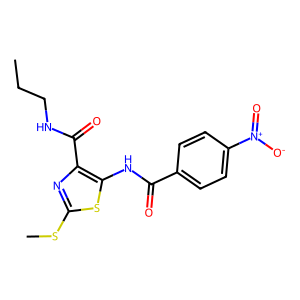
SMILES: CCCNC(=O)c1nc(SC)sc1NC(=O)c1ccc([N+](=O)[O-])cc1
Inhibits HIV replication: No